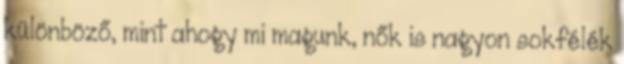
különböző, mint ahogy mi magunk, nők is nagyon sokfélék